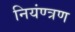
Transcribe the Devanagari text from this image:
नियंण्त्रण